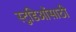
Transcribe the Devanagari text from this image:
स्टुडिओंसाठी